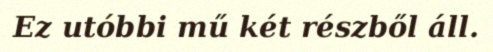
Ez utóbbi mű két részből áll.